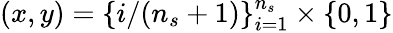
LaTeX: (x,y)=\{ i/(n_{s}+1)\} _{i=1}^{n_{s}}\times\{ 0,1\}